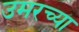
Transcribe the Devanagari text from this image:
उमरच्या